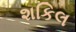
શકિલ